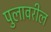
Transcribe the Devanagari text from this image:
पुलावरील